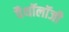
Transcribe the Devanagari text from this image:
पैथॉलॉजी